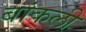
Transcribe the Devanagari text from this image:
बांकली